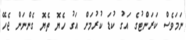
ނަމަވެސް ކަރަންޓުގެ އަގު ކުޑަ ކުރުމަށް އަގު ހެޔޮ ތެޔޮ ގެންނަން ޖެހޭ